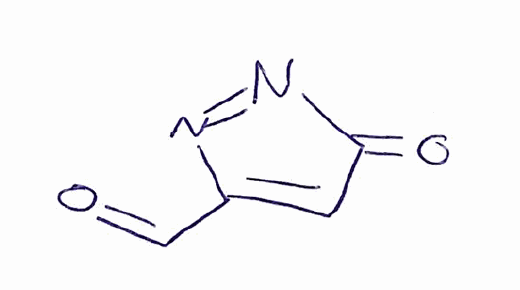
Simplified molecular-input line-entry system (SMILES) notation of the given molecule:
C1=C(N=NC1=O)C=O